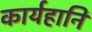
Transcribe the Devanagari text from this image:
कार्यहानि